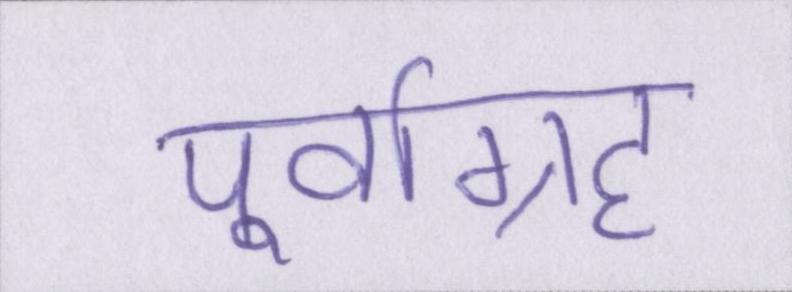
पूर्वाग्रह